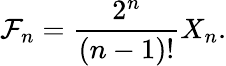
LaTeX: \mathcal{F}_{n}=\frac{{2^{n}}}{{(n-1)!}}X_{n}.